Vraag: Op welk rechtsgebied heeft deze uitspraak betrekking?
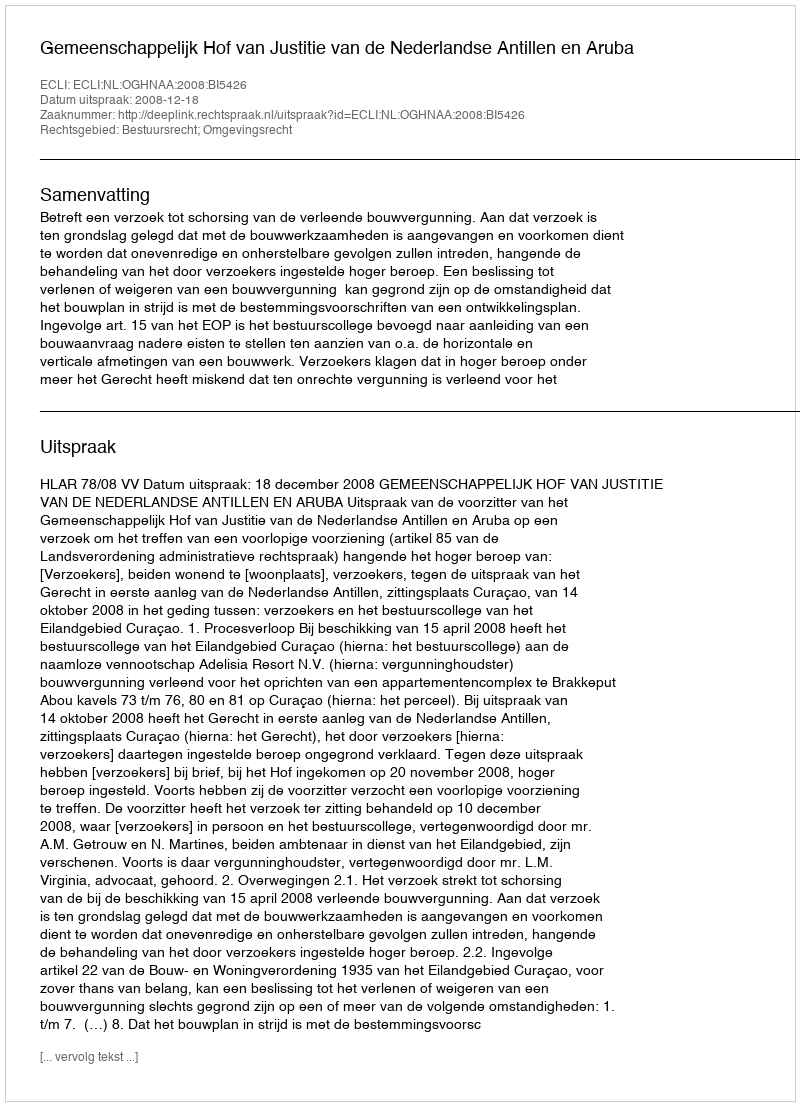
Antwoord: Bestuursrecht; Omgevingsrecht